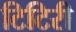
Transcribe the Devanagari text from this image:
टिटिरी